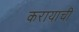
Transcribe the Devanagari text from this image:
करायाची